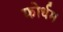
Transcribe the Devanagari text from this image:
फोर्धम